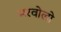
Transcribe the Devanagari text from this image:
मरवोलो